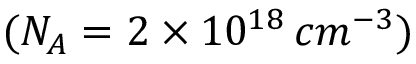
( N _ { A } = 2 \times 1 0 ^ { 1 8 } \, c m ^ { - 3 } )